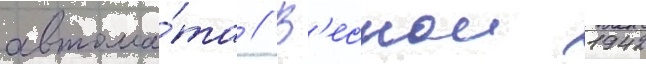
автома́та // В'еснои 1942